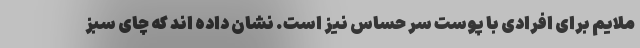
ملایم برای افرادی با پوست سر حساس نیز است. نشان داده اند که چای سبز